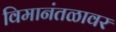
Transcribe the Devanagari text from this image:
विमानंतळावर